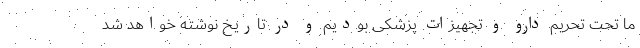
ما تحت تحریم دارو و تجهیزات پزشکی بودیم و در تاریخ نوشته خواهد شد